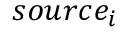
s o u r c e _ { i }